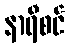
နာရီစင်